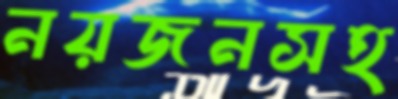
নয়জনসহ